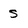
Character: s